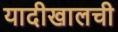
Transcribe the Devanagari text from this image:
यादीखालची